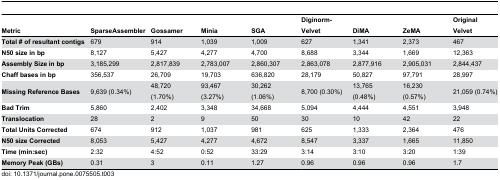
<table><thead><tr><td><b>Metric</b></td><td><b>SparseAssembler</b></td><td><b>Gossamer</b></td><td><b>Minia</b></td><td><b>SGA</b></td><td><b>Diginorm-Velvet</b></td><td><b>DiMA</b></td><td><b>ZeMA</b></td><td><b>Original Velvet</b></td></tr></thead><tbody><tr><td><b>Total # of resultant contigs</b></td><td>679</td><td>914</td><td>1,039</td><td>1,009</td><td>627</td><td>1,341</td><td>2,373</td><td>467</td></tr><tr><td><b>N50 size in bp</b></td><td>8,127</td><td>5,427</td><td>4,277</td><td>4,700</td><td>8,688</td><td>3,344</td><td>1,669</td><td>12,363</td></tr><tr><td><b>Assembly Size in bp</b></td><td>3,185,299</td><td>2,817,839</td><td>2,783,007</td><td>2,860,307</td><td>2,863,078</td><td>2,877,916</td><td>2,905,031</td><td>2,844,437</td></tr><tr><td><b>Chaff bases in bp</b></td><td>356,537</td><td>26,709</td><td>19,703</td><td>636,820</td><td>28,179</td><td>50,827</td><td>97,791</td><td>28,997</td></tr><tr><td><b>Missing Reference Bases</b></td><td>9,639 (0.34%)</td><td>48,720 (1.70%)</td><td>93,467 (3.27%)</td><td>30,262 (1.06%)</td><td>8,700 (0.30%)</td><td>13,765 (0.48%)</td><td>16,230 (0.57%)</td><td>21,059 (0.74%)</td></tr><tr><td><b>Bad Trim</b></td><td>5,860</td><td>2,402</td><td>3,348</td><td>34,668</td><td>5,094</td><td>4,444</td><td>4,551</td><td>3,948</td></tr><tr><td><b>Translocation</b></td><td>28</td><td>2</td><td>9</td><td>50</td><td>30</td><td>10</td><td>42</td><td>22</td></tr><tr><td><b>Total Units Corrected</b></td><td>674</td><td>912</td><td>1,037</td><td>981</td><td>625</td><td>1,333</td><td>2,364</td><td>476</td></tr><tr><td><b>N50 size Corrected</b></td><td>8,053</td><td>5,427</td><td>4,277</td><td>4,672</td><td>8,547</td><td>3,337</td><td>1,665</td><td>11,850</td></tr><tr><td><b>Time (min:sec)</b></td><td>2:32</td><td>4:52</td><td>0:52</td><td>33:29</td><td>3:14</td><td>3:10</td><td>3:20</td><td>1:39</td></tr><tr><td><b>Memory Peak (GBs)</b></td><td>0.31</td><td>3</td><td>0.11</td><td>1.27</td><td>0.96</td><td>0.96</td><td>0.96</td><td>1.7</td></tr></tbody></table>